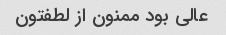
عالی بود ممنون از لطفتون